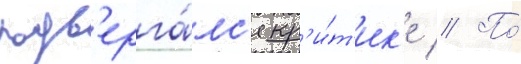
подв'ерга́лс'я кр'и́т'ик'е // По́